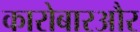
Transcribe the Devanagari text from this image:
कारोबारऔर